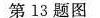
第13题图